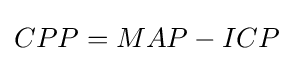
CPP=MAP-ICP